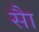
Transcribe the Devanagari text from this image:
साै